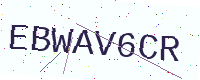
Text: EBWAV6CR